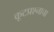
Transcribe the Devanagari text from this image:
कूटप्रश्नाचा